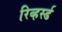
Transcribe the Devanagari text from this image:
रिव्हर्स्ड